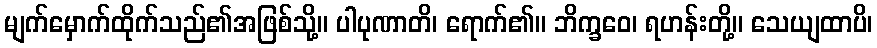
မျက်မှောက်ထိုက်သည်၏အဖြစ်သို့။ ပါပုဏာတိ၊ ရောက်၏။ ဘိက္ခဝေ၊ ရဟန်းတို့။ သေယျထာပိ၊